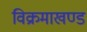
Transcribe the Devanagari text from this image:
विक्रमाखण्ड